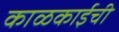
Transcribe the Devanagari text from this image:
काळकाईची